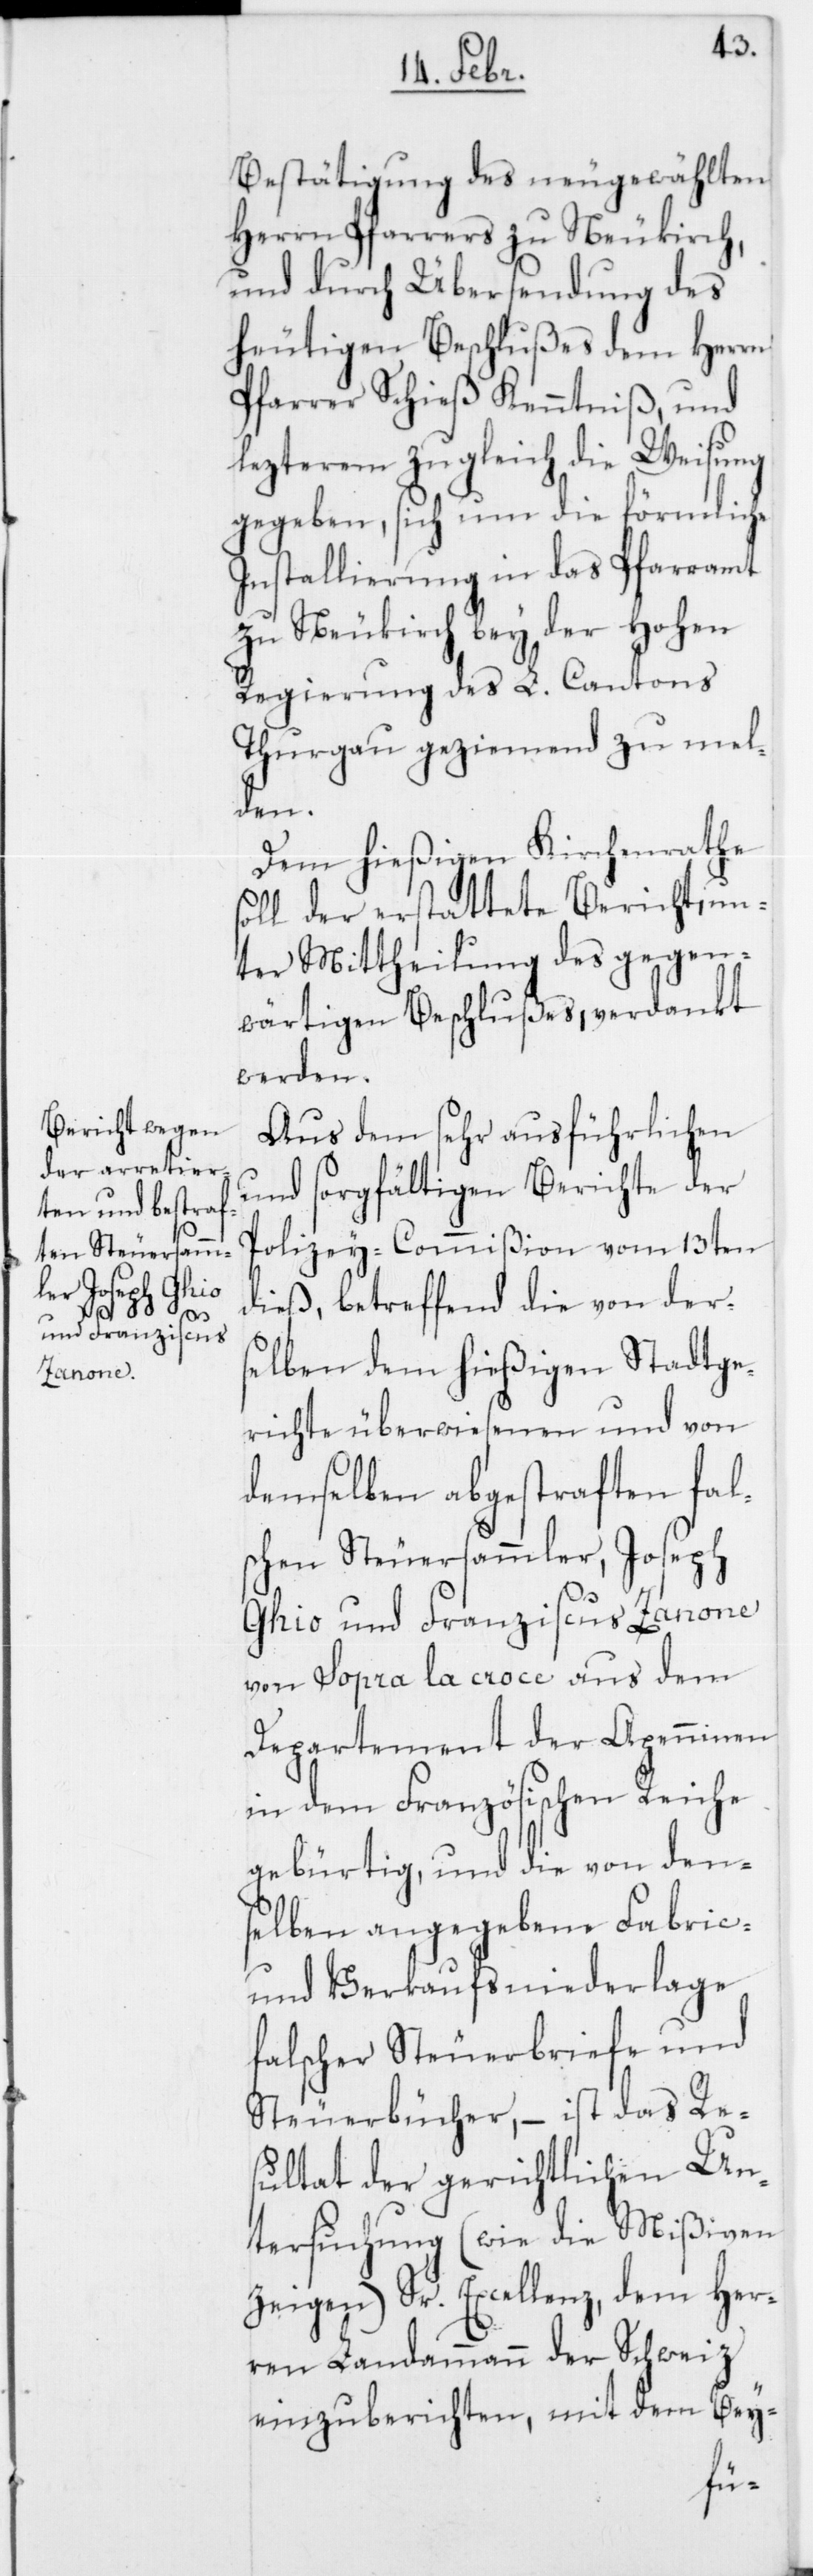
Bestätigung des neugewählten
Herrn Pfarrers zu Neukirch,
und durch Übersendung des
heutigen Beschlußes dem Herren
Pfarrer Schieß Kenntniß, und
lezteren zugleich die Weisung
gegeben, sich um die förmliche
Installierung in das Pfarramt
zu Neukirch bey der Hohen
Regierung des L. Cantons
Thurgau geziemend zu mel¬
den.
Dem hießigen Kirchenrathe
soll der erstattete Bericht, un¬
ter Mittheilung des gegen¬
wärtigen Beschlußes, verdankt
werden.
Aus dem sehr ausführlichen
und sorgfältigen Berichte der
Polizei-Commißion vom 13ten
dieß, betreffend die von der¬
selben dem hießigen Stadtge¬
richte überwiesenen und von
demselben abgestraften fal¬
schen Steuersammler, Joseph
Ghio und Franziscus Zanone
von Sopra la Croce aus dem
Departement der Apenninen
in dem Französischen Reiche
gebürtig, und die von den¬
selben angegebene Fabric-
und Verkaufsniederlage
falscher Steuerbriefe und
Steuerbücher, – ist das Re¬
sultat der gerichtlichen Un¬
tersuchung (wie die Mißiven
zeigen) Sr. Excellenz, dem Her¬
ren Landammann der Schweiz
einzuberichten, mit dem Bey-